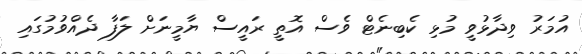
އުމަރު ވިދާޅުވީ މުޅި ކެބިނެޓް ވެސް އޮތީ ރައީސް ޔާމީނަށް ލަފާ ދެއްވުމުގައި